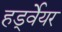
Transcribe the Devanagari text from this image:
हर्ड्वेयर